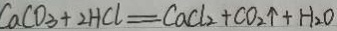
C a C O _ { 3 } + 2 H C l = C a C l _ { 2 } + C O _ { 2 } \uparrow + H _ { 2 } O